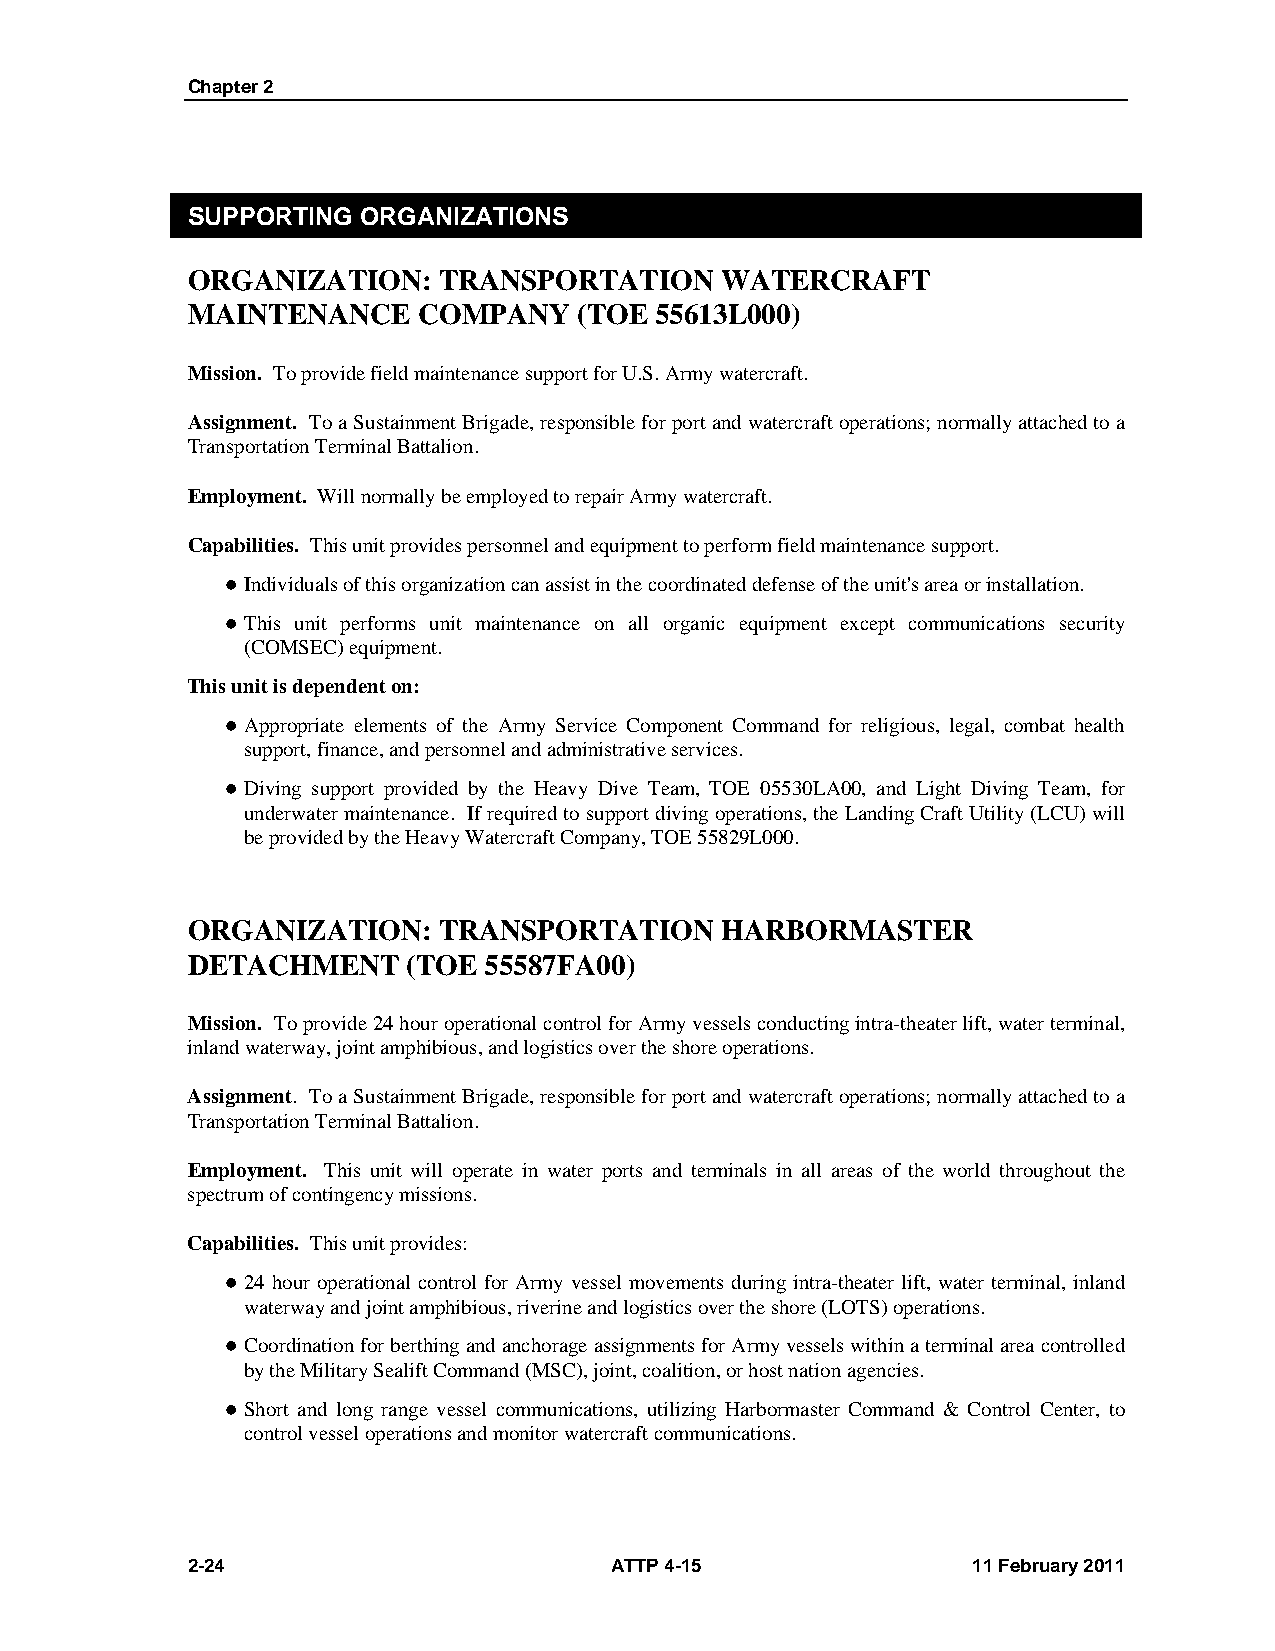
Chapter 2
 SUPPORTING  ORGANIZATIONS
 ORGANIZATION:    TRANSPORTATION     WATERCRAFT
 MAINTENANCE     COMPANY   (TOE 55613L000)
 Mission. To provide field maintenance support for U.S. Army watercraft.
 Assignment. To a Sustainment Brigade, responsible for port and watercraft operations; normally attached to a
 Transportation Terminal Battalion.
 Employment. Will normally be employed to repair Army watercraft.
 Capabilities. This unit provides personnel and equipment to perform field maintenance support.
  Individuals of this organization can assist in the coordinated defense of the unit's area or installation.
  This unit performs unit maintenance on all organic equipment except communications security
 (COMSEC) equipment.
 This unit is dependent on:
  Appropriate elements of the Army Service Component Command for religious, legal, combat health
 support, finance, and personnel and administrative services.
  Diving support provided by the Heavy Dive Team, TOE 05530LA00, and Light Diving Team, for
 underwater maintenance. If required to support diving operations, the Landing Craft Utility (LCU) will
 be provided by the Heavy Watercraft Company, TOE 55829L000.
 ORGANIZATION:    TRANSPORTATION     HARBORMASTER
 DETACHMENT     (TOE 55587FA00)
 Mission. To provide 24 hour operational control for Army vessels conducting intra-theater lift, water terminal,
 inland waterway, joint amphibious, and logistics over the shore operations.
 Assignment. To a Sustainment Brigade, responsible for port and watercraft operations; normally attached to a
 Transportation Terminal Battalion.
 Employment. This unit will operate in water ports and terminals in all areas of the world throughout the
 spectrum of contingency missions.
 Capabilities. This unit provides:
  24 hour operational control for Army vessel movements during intra-theater lift, water terminal, inland
 waterway and joint amphibious, riverine and logistics over the shore (LOTS) operations.
  Coordination for berthing and anchorage assignments for Army vessels within a terminal area controlled
 by the Military Sealift Command (MSC), joint, coalition, or host nation agencies.
  Short and long range vessel communications, utilizing Harbormaster Command & Control Center, to
 control vessel operations and monitor watercraft communications.
 2-24                        ATTP 4-15               11 February 2011